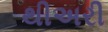
થીઅરી